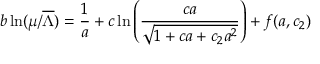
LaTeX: b \ln ( \mu / \overline { { { \Lambda } } } ) = \frac { 1 } { a } + c \ln \left( \frac { c a } { \sqrt { 1 + c a + c _ { 2 } a ^ { 2 } } } \right) + f ( a , c _ { 2 } )